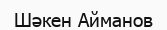
Шәкен Айманов